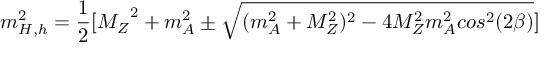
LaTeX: m _ { H , h } ^ { 2 } = { \frac { 1 } { 2 } } [ { M _ { Z } } ^ { 2 } + m _ { A } ^ { 2 } \pm \sqrt { ( m _ { A } ^ { 2 } + M _ { Z } ^ { 2 } ) ^ { 2 } - 4 M _ { Z } ^ { 2 } m _ { A } ^ { 2 } c o s ^ { 2 } ( 2 \beta ) } ] \nonumber \,